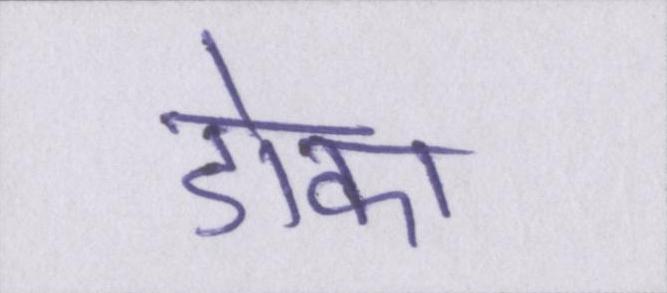
डोका